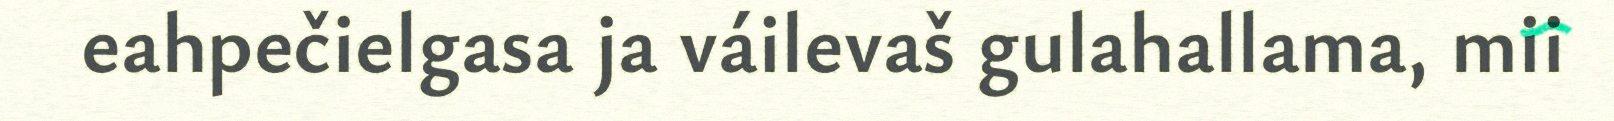
eahpečielgasa ja váilevaš gulahallama, mii